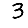
Digit: 3